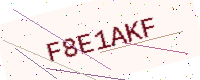
Text: F8E1AKF